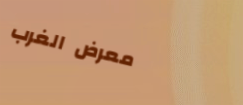
معرض الغرب